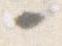
々